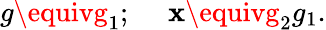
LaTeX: g\equivg_{1};\ \ \ \ \ \mathbf{x}\equivg_{2}g_{1}.